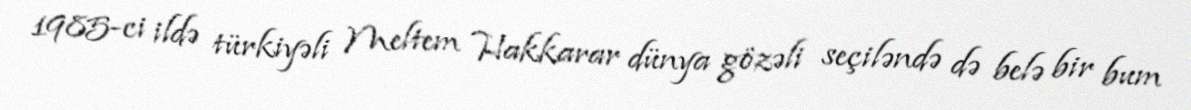
1985-ci ildə türkiyəli Meltem Hakkarar dünya gözəli seçiləndə də belə bir bum